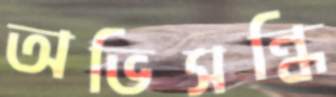
অভিসন্ধি